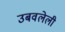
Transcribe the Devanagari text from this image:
उबवलेली